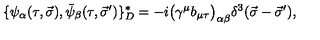
\{ \psi _ { \alpha } ( \tau , \vec { \sigma } ) , \bar { \psi } _ { \beta } ( \tau , \vec { \sigma } ^ { \prime } ) \} _ { D } ^ { \ast } = - i \big ( \gamma ^ { \mu } b _ { \mu \tau } \big ) _ { \alpha \beta } \delta ^ { 3 } ( \vec { \sigma } - \vec { \sigma } ^ { \prime } ) ,